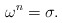
\begin{align*}\omega^n=\sigma.\end{align*}